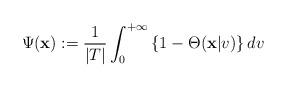
LaTeX: \begin{align*} \Psi (\mathbf{x}):=\dfrac{1}{\vert T\vert}\int_{0}^{+\infty} \left\lbrace 1-\Theta(\mathbf{x}\vert v)\right\rbrace dv \end{align*}